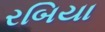
રબિયા